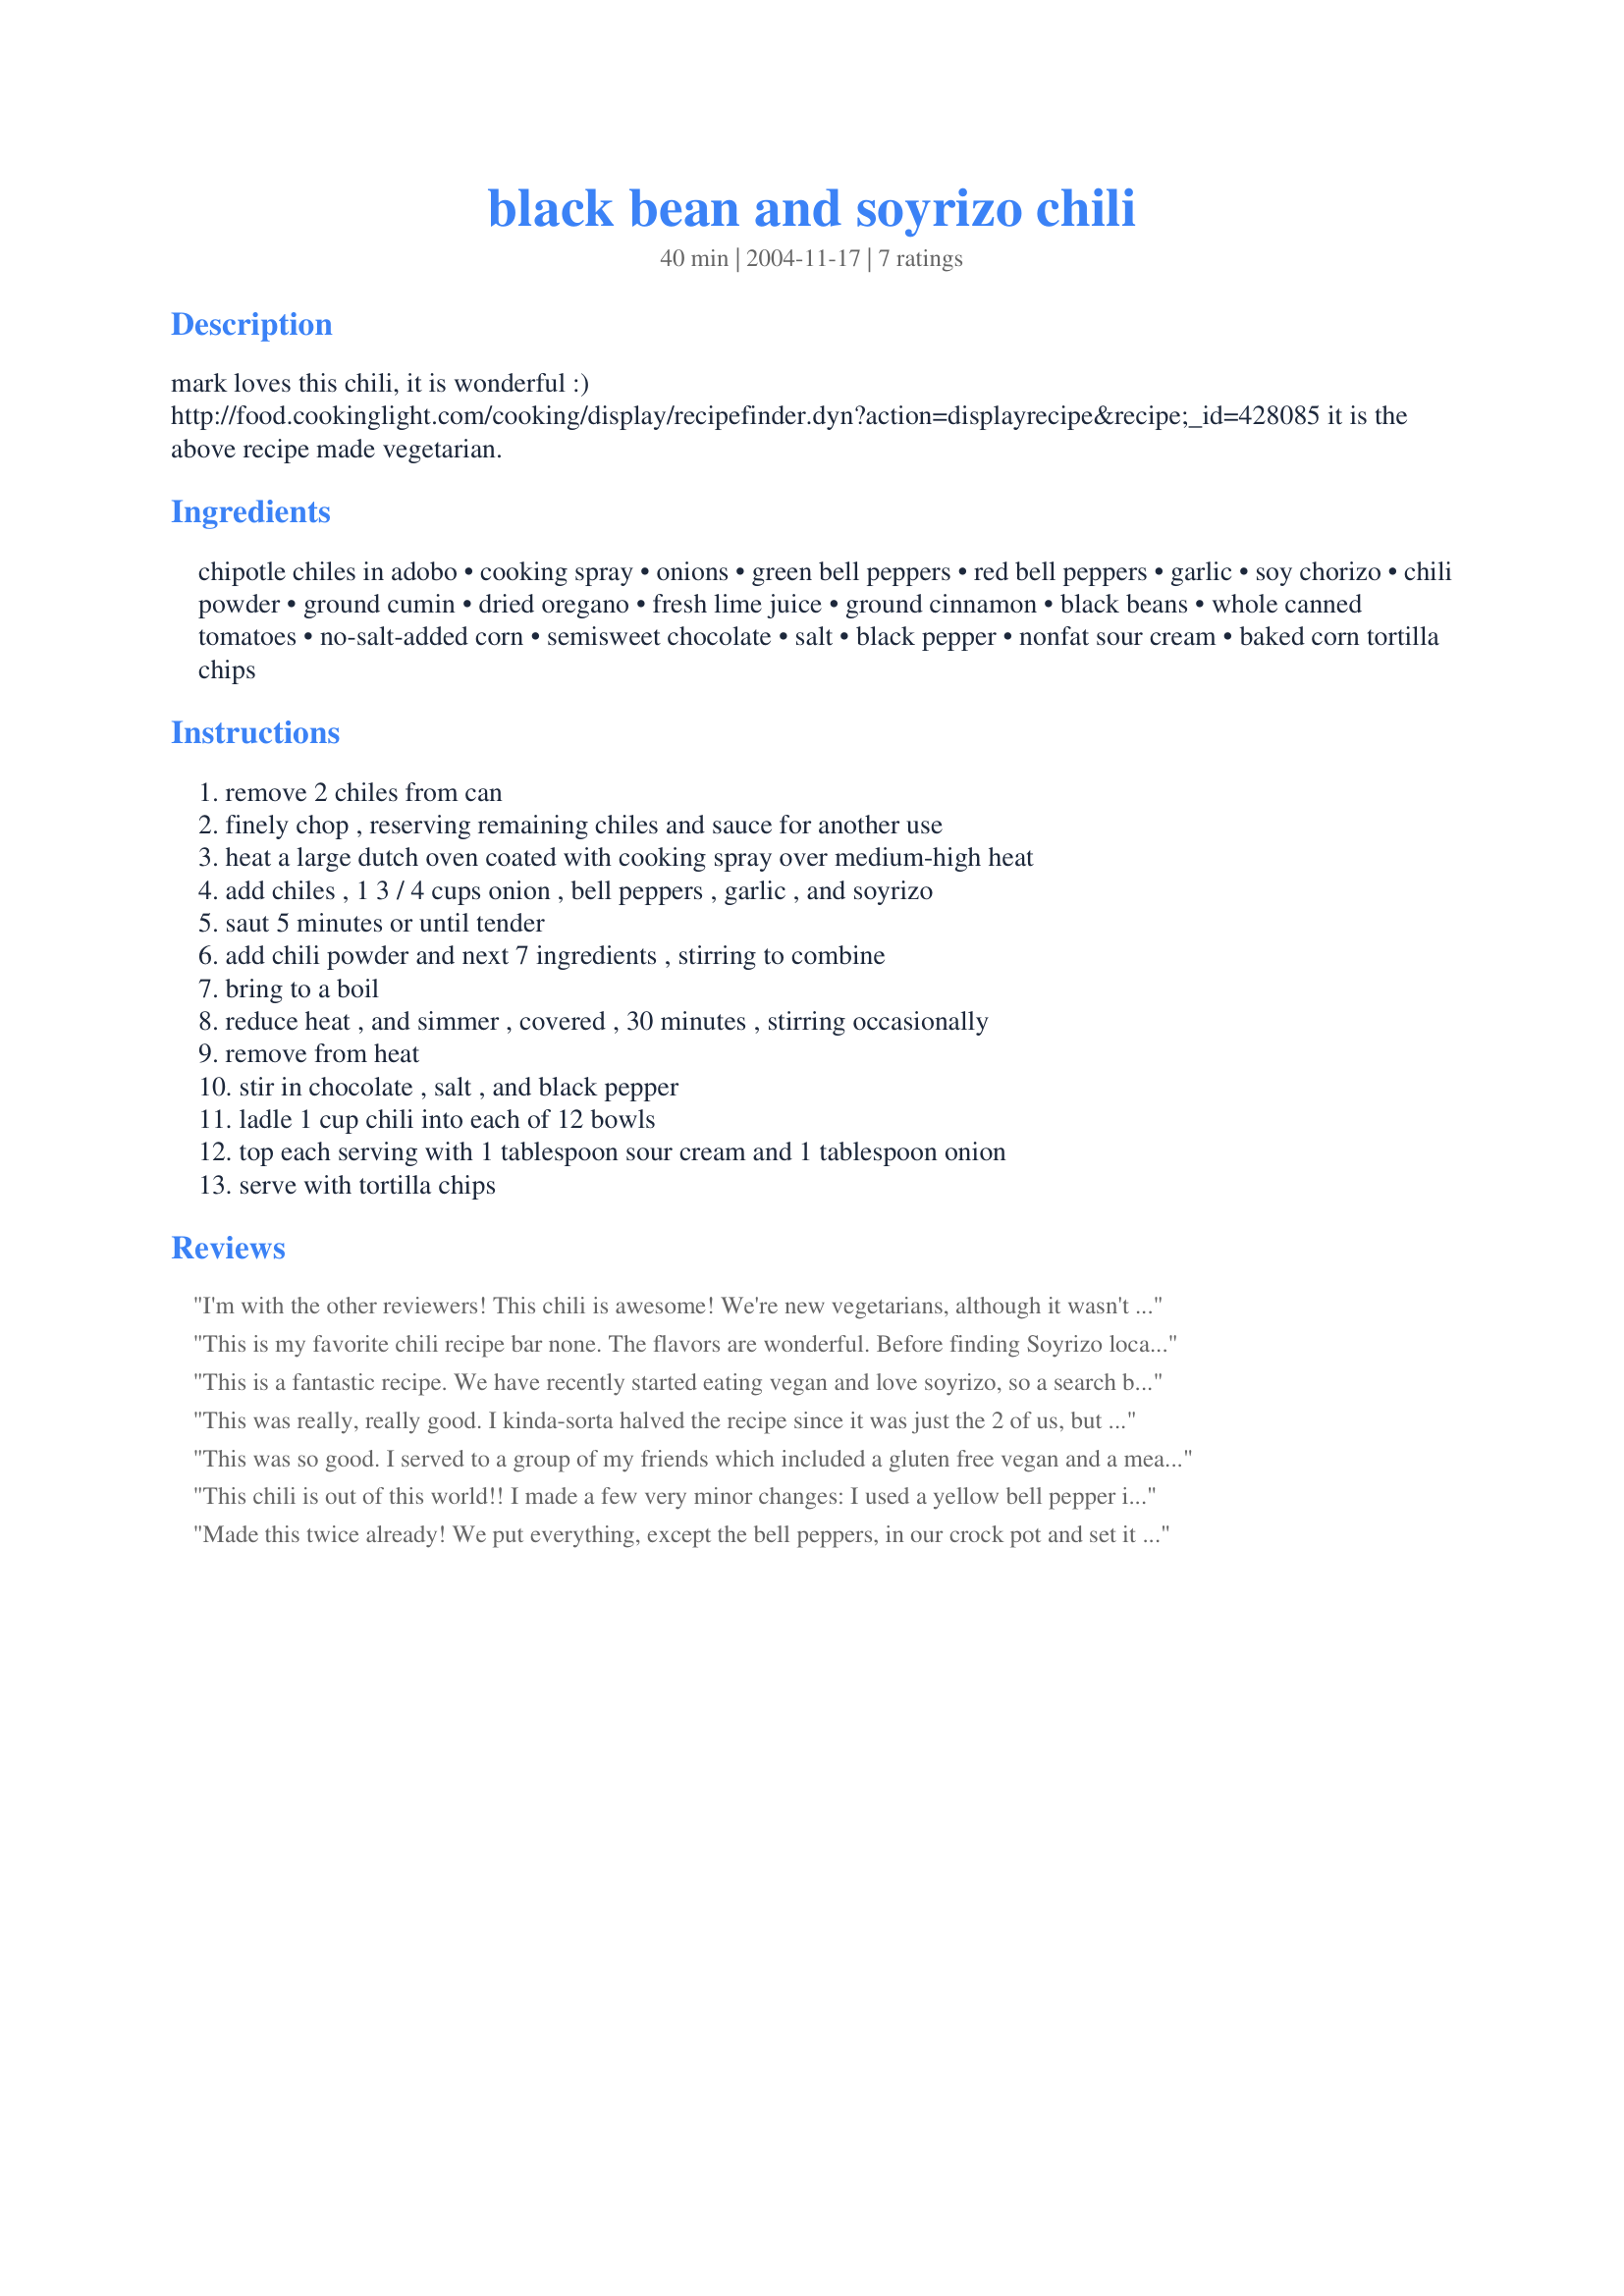
black bean and soyrizo chili
Preparation time: 40 minutes

mark loves this chili, it is wonderful :) http://food.cookinglight.com/cooking/display/recipefinder.dyn?action=displayrecipe&recipe_id=428085 it is the above recipe made vegetarian.

Ingredients:
chipotle chiles in adobo, cooking spray, onions, green bell peppers, red bell peppers, garlic, soy chorizo, chili powder, ground cumin, dried oregano, fresh lime juice, ground cinnamon, black beans, whole canned tomatoes, no-salt-added corn, semisweet chocolate, salt, black pepper, nonfat sour cream, baked corn tortilla chips

Steps:
remove 2 chiles from can, finely chop , reserving remaining chiles and sauce for another use, heat a large dutch oven coated with cooking spray over medium-high heat, add chiles , 1 3 / 4 cups onion , bell peppers , garlic , and soyrizo, saut 5 minutes or until tender, add chili powder and next 7 ingredients , stirring to combine, bring to a boil, reduce heat , and simmer , covered , 30 minutes , stirring occasionally, remove from heat, stir in chocolate , salt , and black pepper, ladle 1 cup chili into each of 12 bowls, top each serving with 1 tablespoon sour cream and 1 tablespoon onion, serve with tortilla chips

Reviews:
I'm with the other reviewers! This chili is awesome! We're new vegetarians, although it wasn't hard to switch because we really didn't eat a lot of meat, but chili was something I really enjoyed making and eating. This was excellant and I will def make it again. I can't serve it to my kids, though.. too spicy. My hubby and I loved it and the kick :)
This is my favorite chili recipe bar none. The flavors are wonderful. Before finding Soyrizo locally, I ordered a case directly from Melissa's and put it in the freezer. Even with shipping, it's not terribly expensive---and it's versatile stuff. For this recipe, I use an entire 12-ounce pkg instead of 3/4 - 1 cup. It turns out great. Thanks for the recipe, Shannon.
This is a fantastic recipe. We have recently started eating vegan and love soyrizo, so a search brought me to this recipe. I made the following changes just because i was using what i had: used a combination of kidney beans, chili beans and black beans. Also used a can of green chilies as i didnt have the chilies the recipe suggested. Used 2 oz of unsweetened chocolate and added a few tsps of agave nectar. I served it with guacamole, chopped fresh tomatoes, fresh parsley and chopped onions. SO good!
This was really, really good. I kinda-sorta halved the recipe since it was just the 2 of us, but it wasn't a clean halving so I used full cans of beans and tomatoes and a whole package of soyrizo. A really flavorful and filling vegan chili. The spices in the soyrizo are really excellent in chili. I had time to cook mine so I simmered it on low for a few hours. Will definitely make again!
This was so good. I served to a group of my friends which included a gluten free vegan and a meat eater. Both really enjoyed it. We served it with cornbread. Amazing dish. Will definitely make this again
This chili is out of this world!! I made a few very minor changes: I used a yellow bell pepper instead of a green one, diced tomatoes instead of whole, and a combination of kidney beans and black beans. So yummy!!
Made this twice already! We put everything, except the bell peppers, in our crock pot and set it on low for 6 - 8 hours. After half way, or when there's 2 hrs left to cook, we add the bell peppers. We also only made half of what this recipe called for. Overall, we love it! Don't miss meat at all :-)
